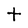
Character: t